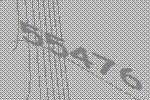
55476